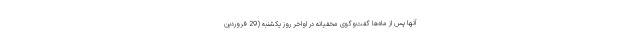
آنها پس از ماه‌ها گفت‌و‌گوی مخفیانه در اواخر روز یکشنبه (29 فروردین